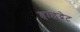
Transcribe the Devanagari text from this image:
हाइद्रेट